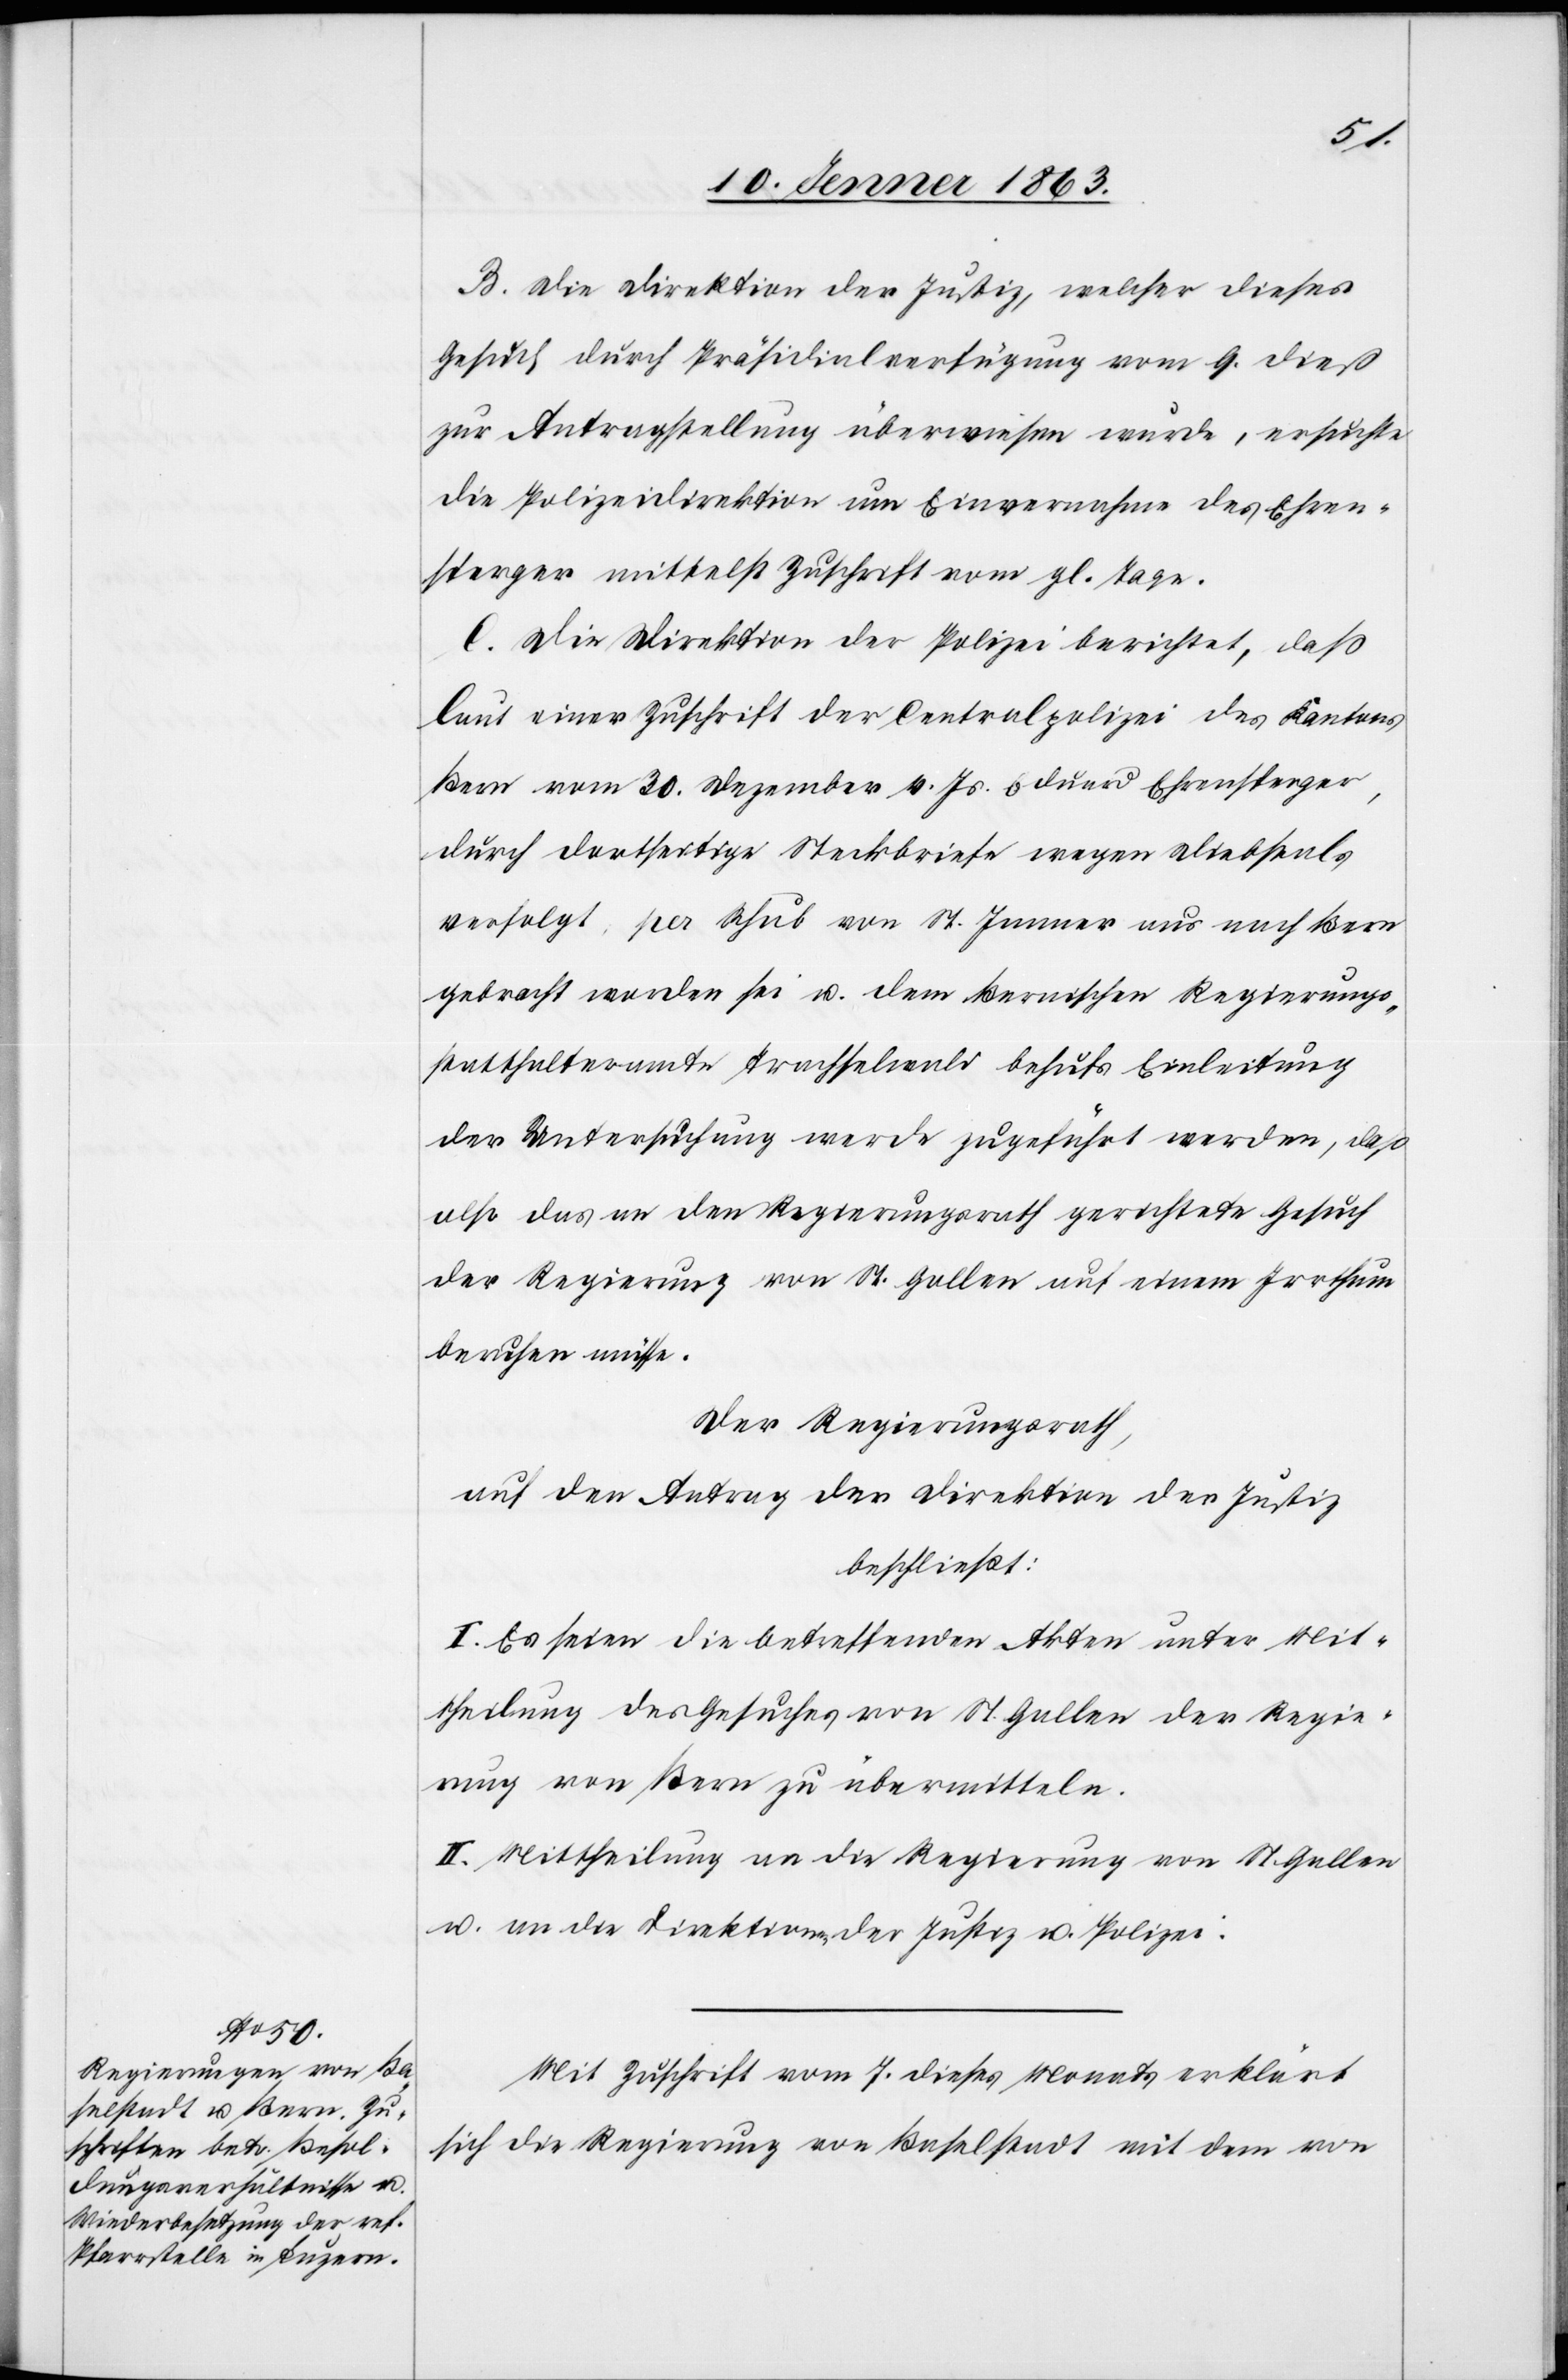
B. Die Direktion der Justiz, welcher dieses
Gesuch durch Präsidialverfügung vom 9. dieß
zur Antragstellung überwiesen wurde, ersuchte
die Polizeidirektion um Einvernahme des Ehren¬
sperger mittelst Zuschrift vom gl. Tage.
C. Die Direktion der Polizei berichtet, daß
laut einer Zuschrift der Centralpolizei des Kantons
Bern vom 30. Dezember dv. Js. Eduard Ehrensperger,
durch dortseitige Steckbriefe wegen Diebstals
verfolgt, per Schub von 17. Jenner aus nach Bern
gebracht worden sei u. dem Bernischen Regierungs¬
statthalteramte Trachselwald behufs Einleitung
der Untersuchung werde zugeführt werden, daß
also das an den Regierungsrath gerichtete Gesuch
der Regierung von St. Gallen auf einem Irrthum
beruhen müsse.
Der Regierungsrath,
auf den Antrag der Direktion der Justiz
beschließt:
I. Es seien die betreffenden Akten unter Mit¬
theilung des Gesuches von St. Gallen der Regie¬
rung von Bern zu übermitteln.
II. Mittheilung an die Regierung von St. Gallen
u. an die Direktionen der Justiz u. Polizei.
Mit Zuschrift vom 7. dieses Monats erklärt
sich die Regierung von Baselstadt mit dem von